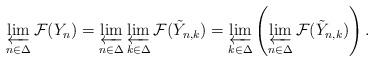
LaTeX: \begin{align*}\varprojlim_{n\in\Delta} \mathcal F(Y_n) = \varprojlim_{n\in\Delta} \varprojlim_{k\in\Delta} \mathcal F(\tilde Y_{n,k}) = \varprojlim_{k\in\Delta} \left(\varprojlim_{n\in\Delta} \mathcal F(\tilde Y_{n,k})\right).\end{align*}